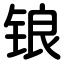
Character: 锒